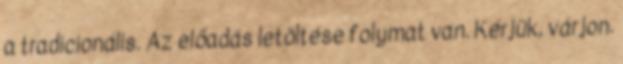
a tradicionális. Az előadás letöltése folymat van. Kérjük, várjon.